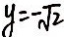
y = - \sqrt { 2 }